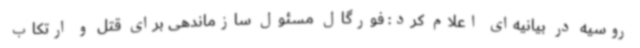
روسیه در بیانیه‌ای اعلام کرد: فورگال مسئول سازماندهی برای قتل و ارتکاب